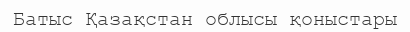
Батыс Қазақстан облысы қоныстары